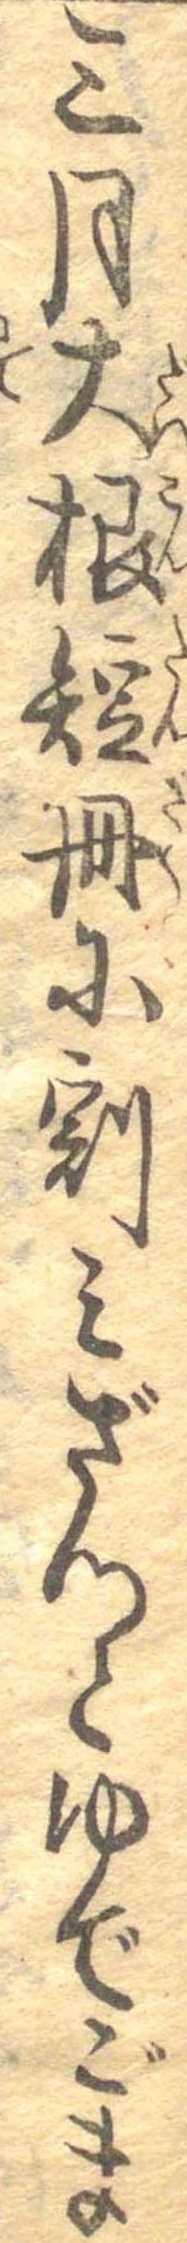
三月大根短冊に割みざつとゆでごま